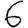
Digit: 6